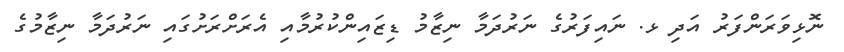
ނޮޅިވަރަންފަރު އަދި ޅ. ނައިފަރުގެ ނަރުދަމާ ނިޒާމު ޑިޒައިންކުރުމާއި އެރަށްރަށުގައި ނަރުދަމާ ނިޒާމުގެ